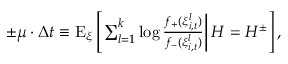
\begin{array} { r } { \pm \mu \cdot \Delta t \equiv \mathrm { E } _ { \xi } \left[ \left. \sum _ { l = 1 } ^ { k } \log \frac { f _ { + } ( \xi _ { i , t } ^ { l } ) } { f _ { - } ( \xi _ { i , t } ^ { l } ) } \right| H = H ^ { \pm } \right] , } \end{array}